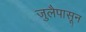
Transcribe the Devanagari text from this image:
जुलैपासून